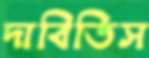
দাবিতিস